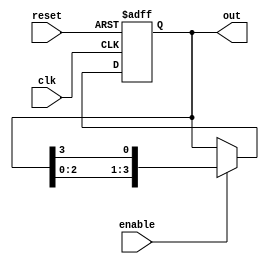
module ring_counter #(parameter N = 4) (
    input wire clk,          // Clock input
    input wire reset,        // Reset signal
    input wire enable,       // Enable signal
    output reg [N-1:0] out   // Output representing the current state
);

// Initial state for the ring counter
initial begin
    out = 1'b1; // Start with the first flip-flop set to 1
end

always @(posedge clk or posedge reset) begin
    if (reset) begin
        // Reset state: Set all flip-flops to 0 and the first one to 1
        out <= 1'b1;
    end else if (enable) begin
        // Shift the 1 to the right in a circular manner
        out <= {out[N-2:0], out[N-1]};
    end
end

endmodule